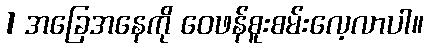
1 အခြေအနေကို ဝေဖန်စူးစမ်းလေ့လာပါ။